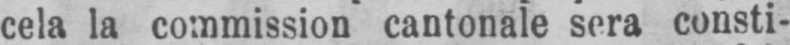
cela la commission cantonale sera consti-